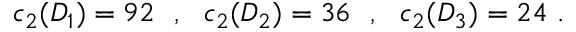
c _ { 2 } ( D _ { 1 } ) = 9 2 ~ ~ , ~ ~ c _ { 2 } ( D _ { 2 } ) = 3 6 ~ ~ , ~ ~ c _ { 2 } ( D _ { 3 } ) = 2 4 ~ .